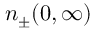
n _ { \pm } ( 0 , \infty )